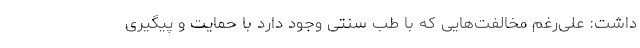
داشت: علی‌رغم مخالفت‌هایی که با طب سنتی وجود دارد با حمایت و پیگیری